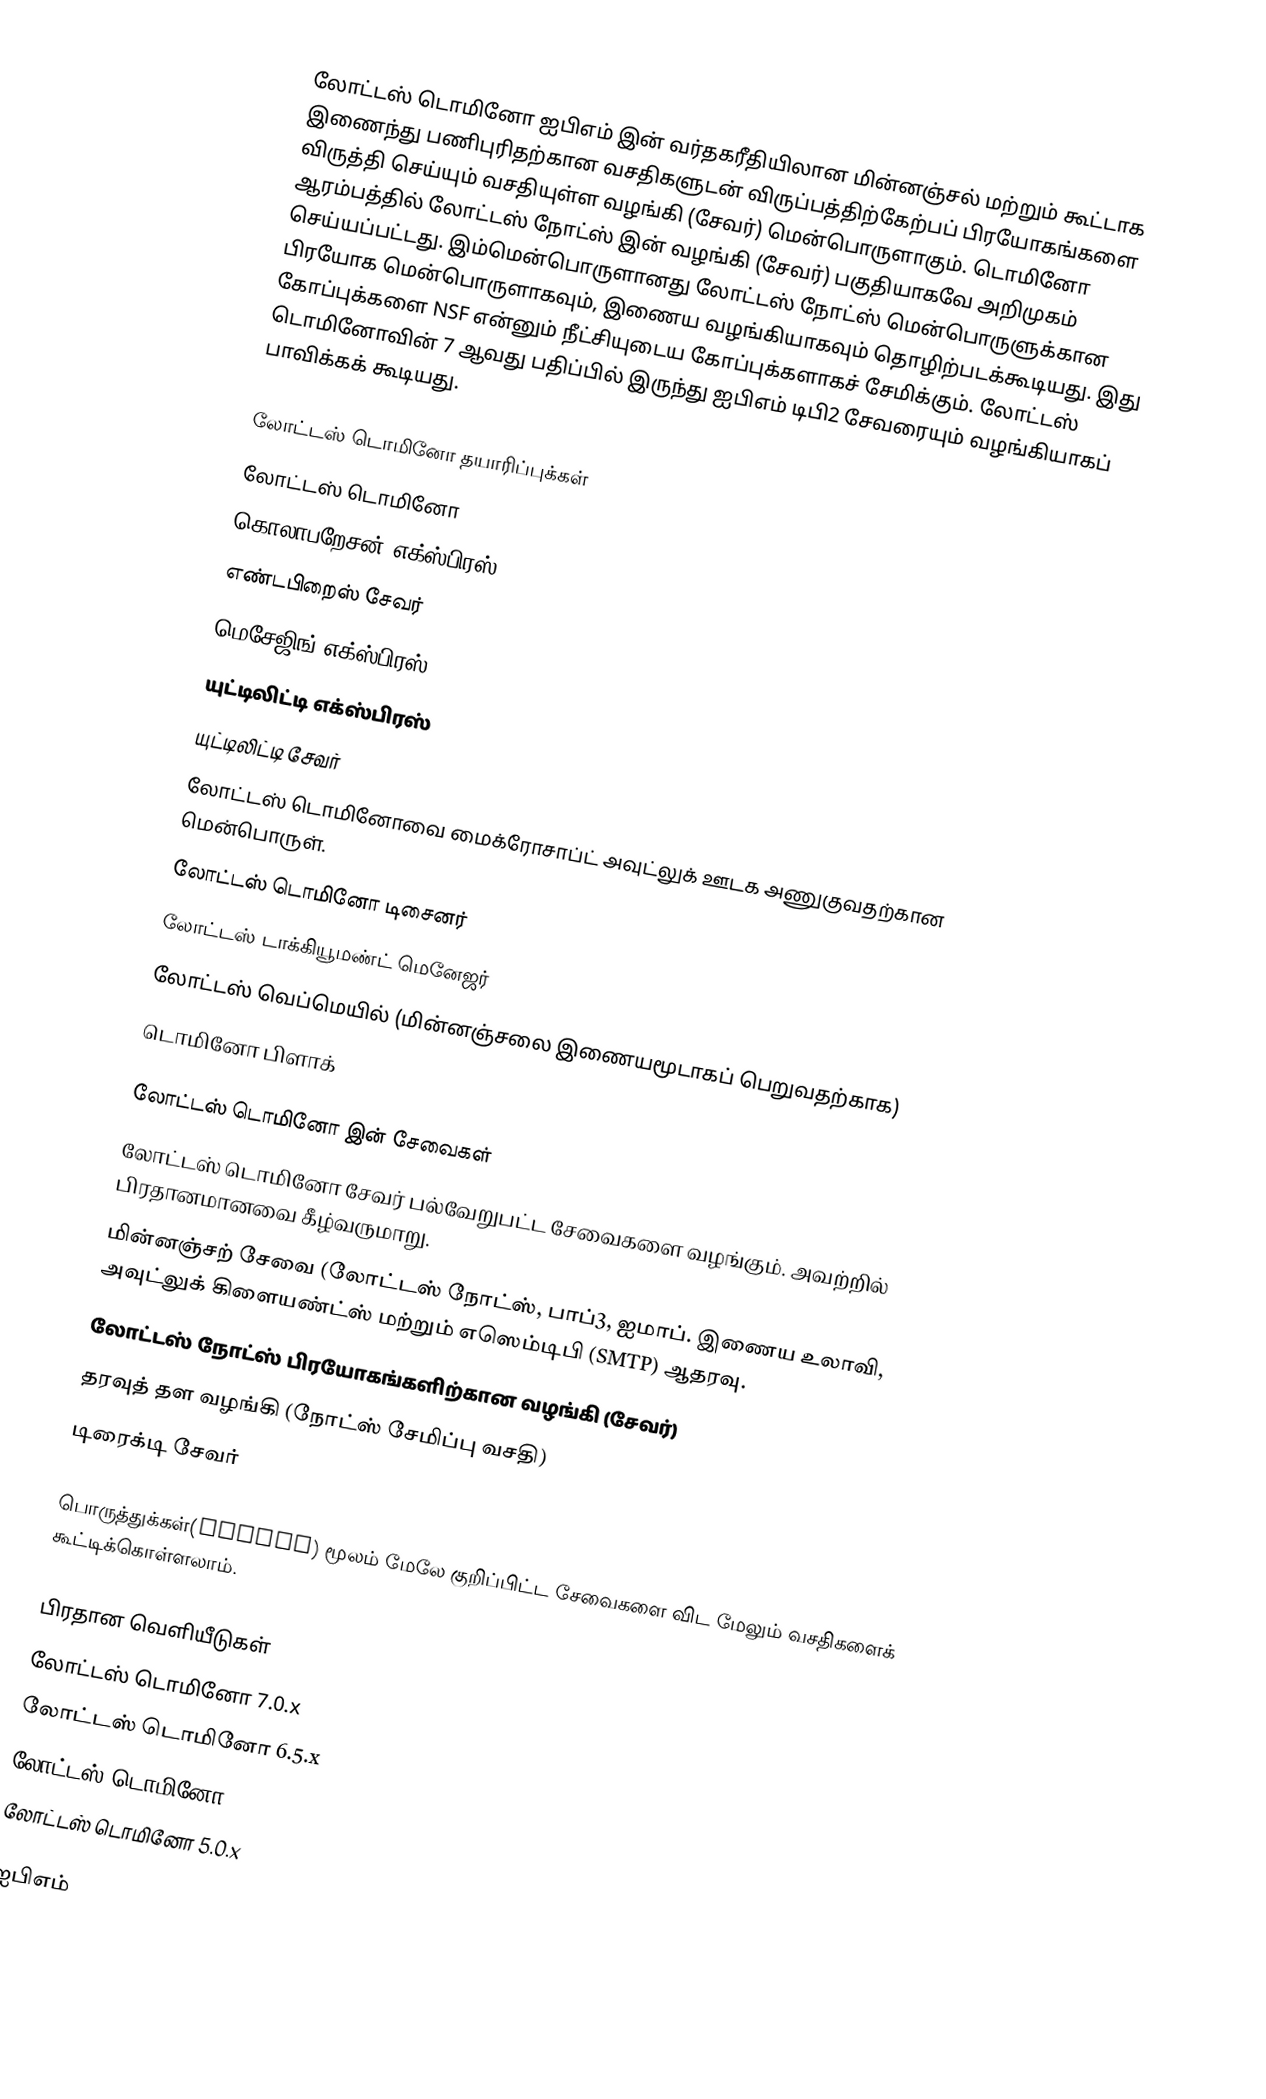
லோட்டஸ் டொமினோ ஐபிஎம் இன் வர்தகரீதியிலான மின்னஞ்சல் மற்றும் கூட்டாக இணைந்து பணிபுரிதற்கான வசதிகளுடன் விருப்பத்திற்கேற்பப் பிரயோகங்களை விருத்தி செய்யும் வசதியுள்ள வழங்கி (சேவர்) மென்பொருளாகும். டொமினோ ஆரம்பத்தில் லோட்டஸ் நோட்ஸ் இன் வழங்கி (சேவர்) பகுதியாகவே அறிமுகம் செய்யப்பட்டது. இம்மென்பொருளானது லோட்டஸ் நோட்ஸ் மென்பொருளுக்கான பிரயோக மென்பொருளாகவும், இணைய வழங்கியாகவும் தொழிற்படக்கூடியது. இது கோப்புக்களை NSF என்னும் நீட்சியுடைய கோப்புக்களாகச் சேமிக்கும். லோட்டஸ் டொமினோவின் 7 ஆவது பதிப்பில் இருந்து ஐபிஎம் டிபி2 சேவரையும் வழங்கியாகப் பாவிக்கக் கூடியது.

லோட்டஸ் டொமினோ தயாரிப்புக்கள்
லோட்டஸ் டொமினோ
கொலாபறேசன் எக்ஸ்பிரஸ்
எண்டபிறைஸ் சேவர்
மெசேஜிங் எக்ஸ்பிரஸ்
யுட்டிலிட்டி எக்ஸ்பிரஸ்
யுட்டிலிட்டி சேவர்
லோட்டஸ் டொமினோவை மைக்ரோசாப்ட் அவுட்லுக் ஊடக அணுகுவதற்கான மென்பொருள்.
லோட்டஸ் டொமினோ டிசைனர்
லோட்டஸ் டாக்கியூமண்ட் மெனேஜர்
லோட்டஸ் வெப்மெயில் (மின்னஞ்சலை இணையமூடாகப் பெறுவதற்காக)
டொமினோ பிளாக்

லோட்டஸ் டொமினோ இன் சேவைகள்
லோட்டஸ் டொமினோ சேவர் பல்வேறுபட்ட சேவைகளை வழங்கும். அவற்றில் பிரதானமானவை கீழ்வருமாறு.
மின்னஞ்சற் சேவை (லோட்டஸ் நோட்ஸ், பாப்3, ஐமாப். இணைய உலாவி, அவுட்லுக் கிளையண்ட்ஸ் மற்றும் எஸெம்டிபி (SMTP) ஆதரவு.
லோட்டஸ் நோட்ஸ் பிரயோகங்களிற்கான வழங்கி (சேவர்)
தரவுத் தள வழங்கி (நோட்ஸ் சேமிப்பு வசதி)
டிரைக்டி சேவர்

பொருத்துக்கள்(Addons) மூலம் மேலே குறிப்பிட்ட சேவைகளை விட மேலும் வசதிகளைக் கூட்டிக்கொள்ளலாம்.

பிரதான வெளியீடுகள்
லோட்டஸ் டொமினோ 7.0.x
லோட்டஸ் டொமினோ 6.5.x
லோட்டஸ் டொமினோ 6.0.x
லோட்டஸ் டொமினோ 5.0.x

ஐபிஎம்